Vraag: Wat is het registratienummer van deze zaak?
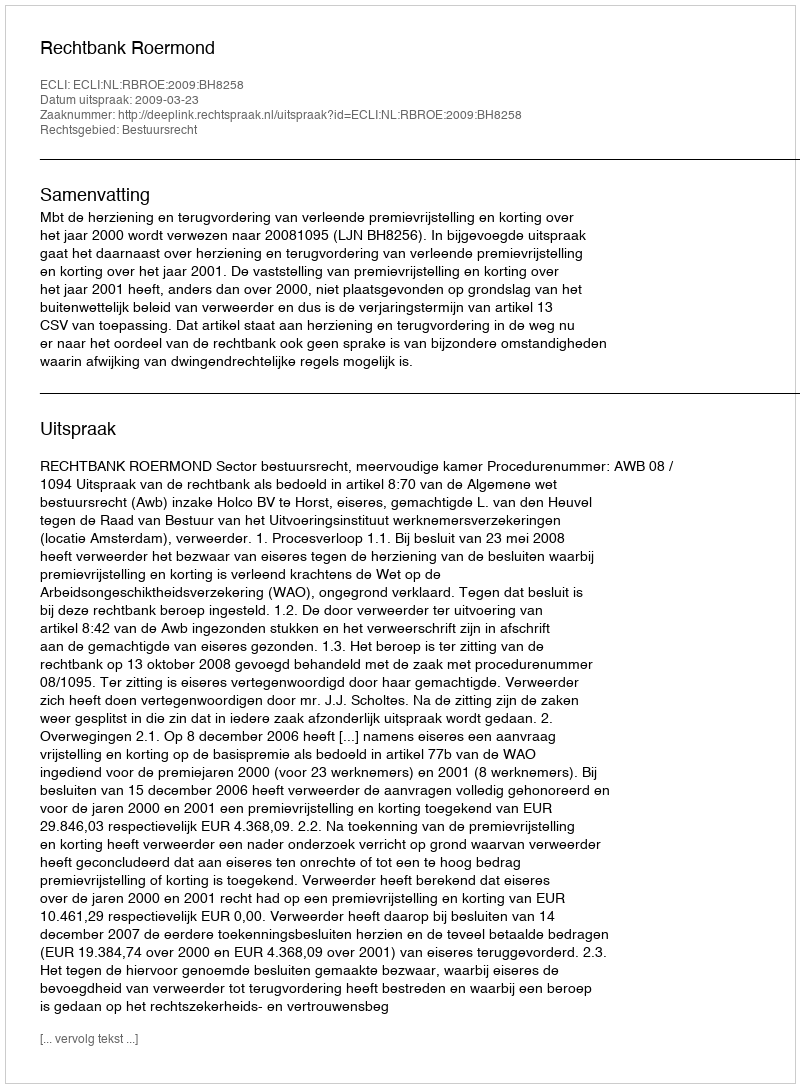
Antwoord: http://deeplink.rechtspraak.nl/uitspraak?id=ECLI:NL:RBROE:2009:BH8258